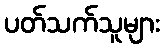
ပတ်သက်သူများ